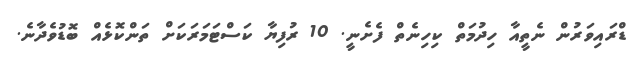
ޑްރައިވަރުން ނެތީއާ ހިދުމަތް ކިހިނެތް ފެށެނީ. 10 ރުފިޔާ ކަސްޓަމަރަކަށް ތަންކޮޅެއް ބޮޑުވެދާނެ.